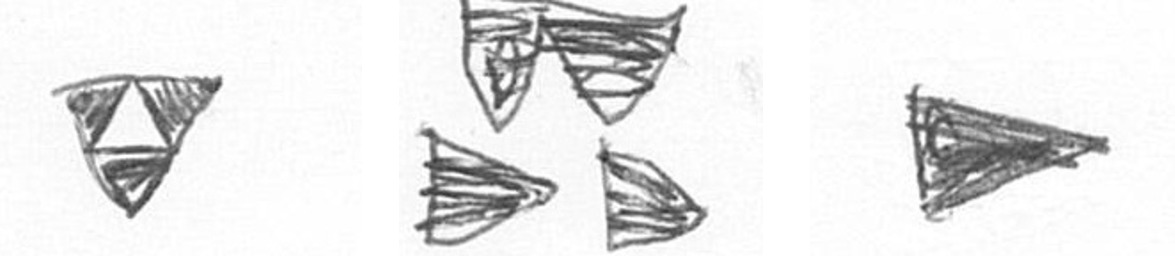
S B T